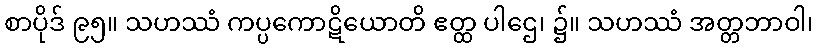
စာပိုဒ် ၉၅။ သဟဿံ ကပ္ပကောဋိယောတိ ဧတ္ထ ပါဌေ၊ ၌။ သဟဿံ အတ္တဘာဝါ၊